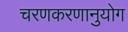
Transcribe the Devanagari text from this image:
चरणकरणानुयोग